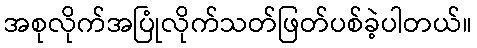
အစုလိုက်အပြုံလိုက်သတ်ဖြတ်ပစ်ခဲ့ပါတယ်။